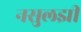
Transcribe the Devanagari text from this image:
नसुलझी